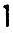
1